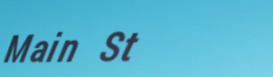
Main St